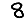
Digit: 8